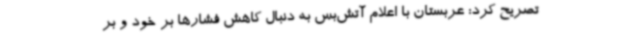
تصریح کرد: عربستان با اعلام آتش‌بس به دنبال کاهش فشارها بر خود و بر